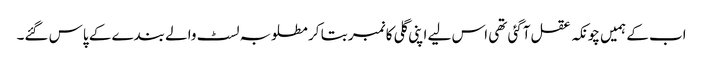
اب کے ہمیں چونکہ عقل آگئی تھی اس لیے اپنی گلی کا نمبر بتا کر مطلوبہ لسٹ والے بندے کے پاس گئے۔